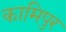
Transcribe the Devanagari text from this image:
कामिपुर